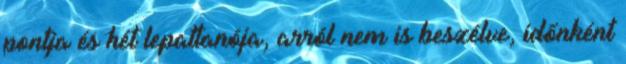
pontja és hét lepattanója, arról nem is beszélve, időnként